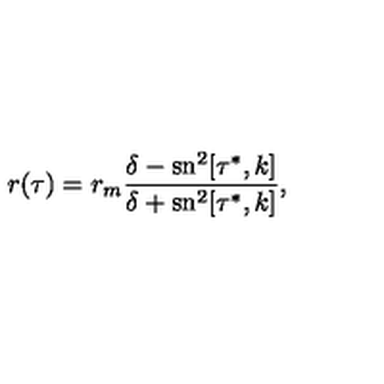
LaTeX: r ( \tau ) = r _ { m } \frac { \delta - \mathrm { s n } ^ { 2 } [ \tau ^ { * } , k ] } { \delta + \mathrm { s n } ^ { 2 } [ \tau ^ { * } , k ] } ,